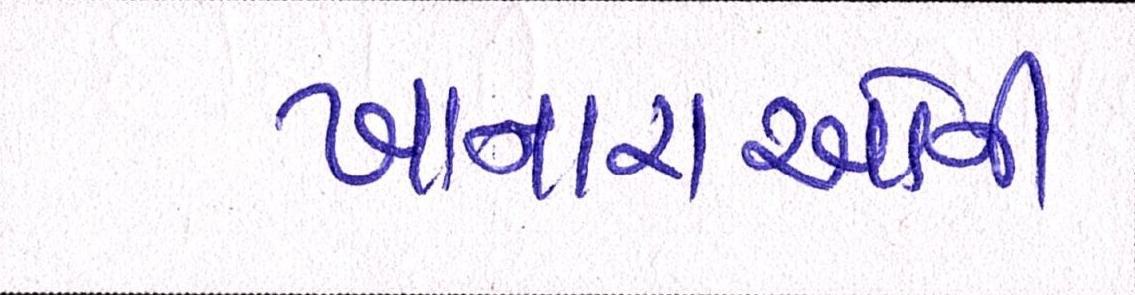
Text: ખાનારાઓને